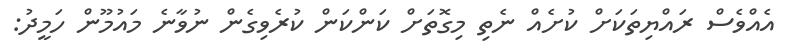
އެއްވެސް ރައްޔިތަކަށް ކުށެއް ނެތި މިގޮތަށް ކަންކަން ކުރެވިިގެން ނުވާނެ މައުމޫން ހަމީދު: